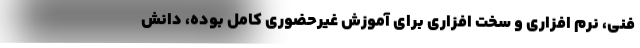
فنی، نرم افزاری و سخت افزاری برای آموزش غیرحضوری کامل بوده، دانش‌